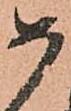
如